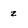
Character: z